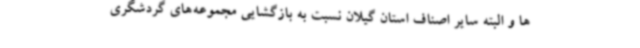
ها و البته سایر اصناف استان گیلان نسبت به بازگشایی مجموعه‌های گردشگری